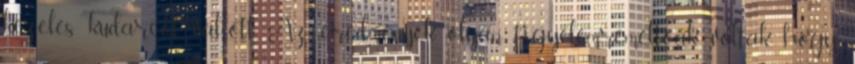
kezelés kudarcot vallott. Az eredmények olyan figyelemreméltóak voltak, hogy